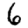
Digit: 6